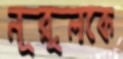
নূরুলকে